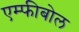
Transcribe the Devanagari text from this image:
एम्फीबोल